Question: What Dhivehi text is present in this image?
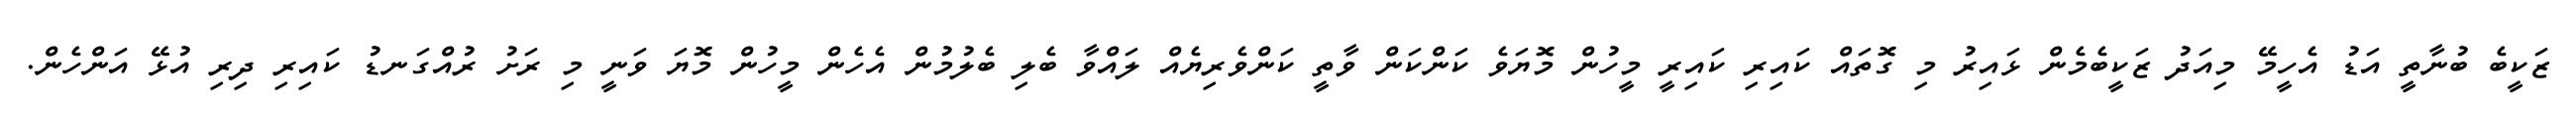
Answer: ޒަކީބެ ބުނާތީ އަޑު އެހީމޭ މިއަދު ޒަކީބެމެން ޅައިރު މި ގޮތައް ކައިރި ކައިރީ މީހުން މޮޔަވެ ކަންކަން ވާތީ ކަންވެރިޔެއް ލައްވާ ބެލި ބެލުމުން އެހެން މީހުން މޮޔަ ވަނީ މި ރަށު ރުއްގަނޑު ކައިރި ދިރި އުޅޭ އަންހެން.